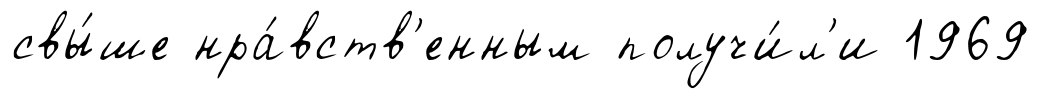
свы́ше нра́вств'енным получи́л'и 1969